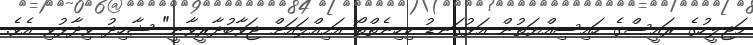
މަޖިލީހުގެ ރައީސްގެ ހައިސިއްޔަތުން އަޅުގަނޑު ކިހިނެތްތޯ އަމިއްލައަށް ޖަވާބުދާރީވާނީ" ޝާހިދު ވިދާޅުވި އެވެ.